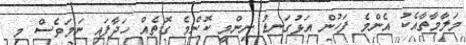
މަލާމާތާއެކު އެންމެ ފަހުން އަޅުގަނޑު ނިންމީ ކޮންމެ ގޮތެއް ހަދާފައި ނަމަވެސް މި